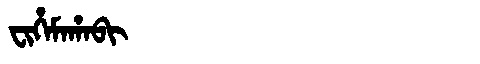
Manchu: ᠸᡳᡥᡝᠮᠠᡥᠠᠪᡳ
Romanization: FIHEMAHABI